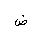
Letter: _dad